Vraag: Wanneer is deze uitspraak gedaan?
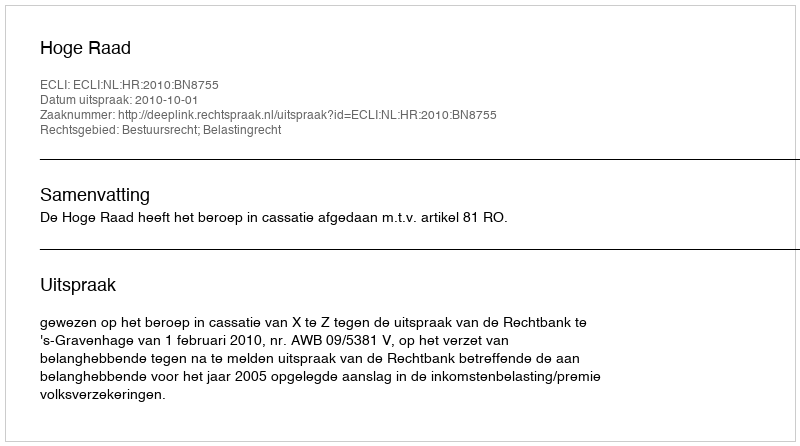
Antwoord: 2010-10-01